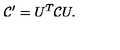
{ \cal C } ^ { \prime } = U ^ { T } { \cal C } U .